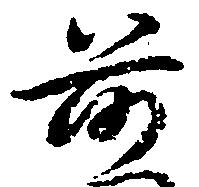
前